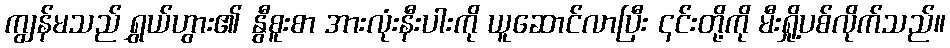
ကျွန်မသည် ရွှယ်ဟွား၏ နွီစူးစာ အားလုံးနီးပါးကို ယူဆောင်လာပြီး ၎င်းတို့ကို မီးရှို့ပစ်လိုက်သည်။